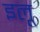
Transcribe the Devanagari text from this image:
इलू